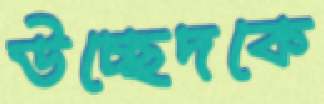
উচ্ছেদকে